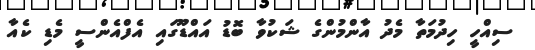
ސިއްހީ ހިދުމަތާ މެދު އާންމުންގެ ޝަކުވާ ބޮޑު އައްޑޫގައި އެފްއެންސީ މެޑި ކެއާ